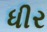
ધીર